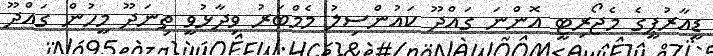
ޑީއާރުޕީގެ މެޖޯރިޓީ އޮންނަ ގައްދޫ ކައުންސިލު މެމްބަރު ވިދާޅުވީ ތިނަދޫ މީހުން ގައްދޫ